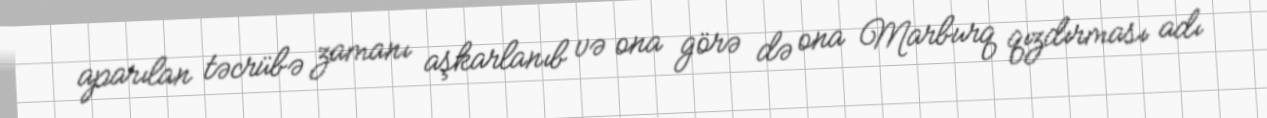
aparılan təcrübə zamanı aşkarlanıb və ona görə də ona Marburq qızdırması adı